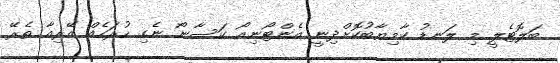
ބަލޮޓެލީ މި ލަނޑު ކާމިޔާބުކޮށްދިނީ އެންޓޯނިއޯ ކަސާނޯ ނެގި ހުރަހެއް އޭރިއާ ތެރޭ